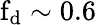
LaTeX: \mathrm{f_{d}}\sim 0.6